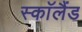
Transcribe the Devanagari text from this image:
स्काॅलैंड